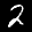
Digit: 2